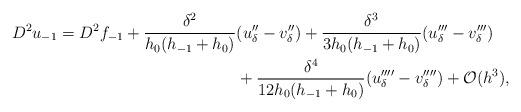
LaTeX: \begin{align*}\begin{aligned} D^2u_{-1} = D^2f_{-1} + \frac{\delta^2}{h_0(h_{-1}+h_0)}&(u''_{\delta}-v''_{\delta}) + \frac{\delta^3}{3h_0(h_{-1}+h_0)}(u'''_{\delta}-v'''_{\delta}) \\ &+ \frac{\delta^4}{12h_0(h_{-1}+h_0)}(u''''_{\delta}-v''''_{\delta}) + \mathcal O(h^3),\end{aligned}\end{align*}